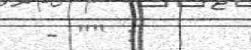
- "" :